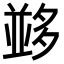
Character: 𡖼